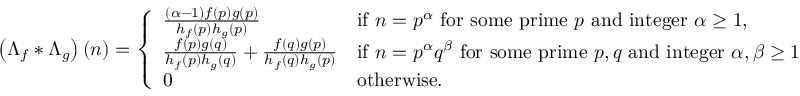
\left( \Lambda _ { f } \ast \Lambda _ { g } \right) ( n ) = { \left\{ \begin{array} { l l } { \frac { ( \alpha - 1 ) f ( p ) g ( p ) } { h _ { f } ( p ) h _ { g } ( p ) } } & { { \mathrm { i f ~ } } n = p ^ { \alpha } { \mathrm { ~ f o r ~ s o m e ~ p r i m e ~ } } p { \mathrm { ~ a n d ~ i n t e g e r ~ } } \alpha \geq 1 , } \\ { \frac { f ( p ) g ( q ) } { h _ { f } ( p ) h _ { g } ( q ) } + \frac { f ( q ) g ( p ) } { h _ { f } ( q ) h _ { g } ( p ) } } & { { \mathrm { i f ~ } } n = p ^ { \alpha } q ^ { \beta } { \mathrm { ~ f o r ~ s o m e ~ p r i m e ~ } } p , q { \mathrm { ~ a n d ~ i n t e g e r ~ } } \alpha , \beta \geq 1 } \\ { 0 } & { { \mathrm { o t h e r w i s e . } } } \end{array} \right. }